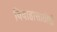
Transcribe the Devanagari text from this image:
विवाहासाठीही